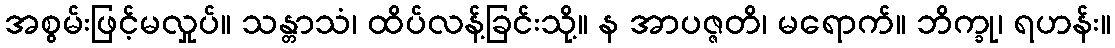
အစွမ်းဖြင့်မလှုပ်။ သန္တာသံ၊ ထိပ်လန့်ခြင်းသို့။ န အာပဇ္ဇတိ၊ မရောက်။ ဘိက္ခု၊ ရဟန်း။